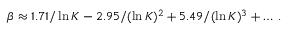
\beta \approx 1 . 7 1 / \ln K - 2 . 9 5 / ( \ln K ) ^ { 2 } + 5 . 4 9 / ( \ln K ) ^ { 3 } + \ldots \; .